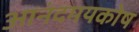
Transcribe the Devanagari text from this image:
आनंदमयकोष